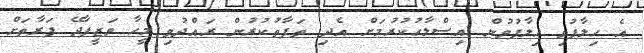
އެ ހިލާފުވި ހިލާފުވުން އިސްލާހުކުރުމަށް އެދި ތަފާތުކުރުން ރައްދުވި މީހާ ވަޒީފާދޭ ފަރާތަށް